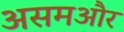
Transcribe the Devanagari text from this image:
असमऔर